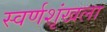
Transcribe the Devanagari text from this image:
स्वर्णशृंखला